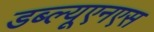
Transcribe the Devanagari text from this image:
डब्ल्यूएनएस